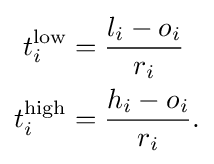
{\begin{aligned}t_{i}^{\text{low}}&={\frac {l_{i}-o_{i}}{r_{i}}}\\t_{i}^{\text{high}}&={\frac {h_{i}-o_{i}}{r_{i}}}.\end{aligned}}